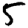
Digit: 5